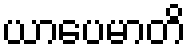
ယာပေမာတိ